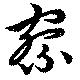
察